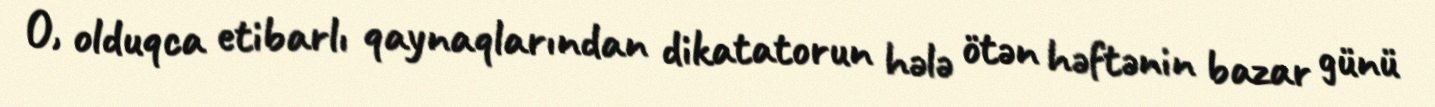
O, olduqca etibarlı qaynaqlarından dikatatorun hələ ötən həftənin bazar günü